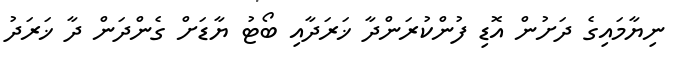
ނިޔާމައިގެ ދަށުން އޮޑި ފުންކުރަންދާ ޚަރަދާއި ބޯޓު ޔާޑަށް ގެންދަން ދާ ޚަރަދު